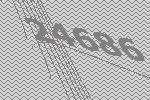
24686